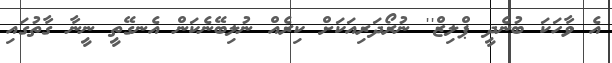
އެ ވާހަކަ ބުނެދީ ޕްލިޒް'' ނުރޯދަރިއަކަށް ކިރެއް ނުލިބޭނެކަން އެނގޭތީ ނީނާ ގާތުގައި